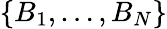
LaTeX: \{ B_{1},\dotsc,B_{N}\}